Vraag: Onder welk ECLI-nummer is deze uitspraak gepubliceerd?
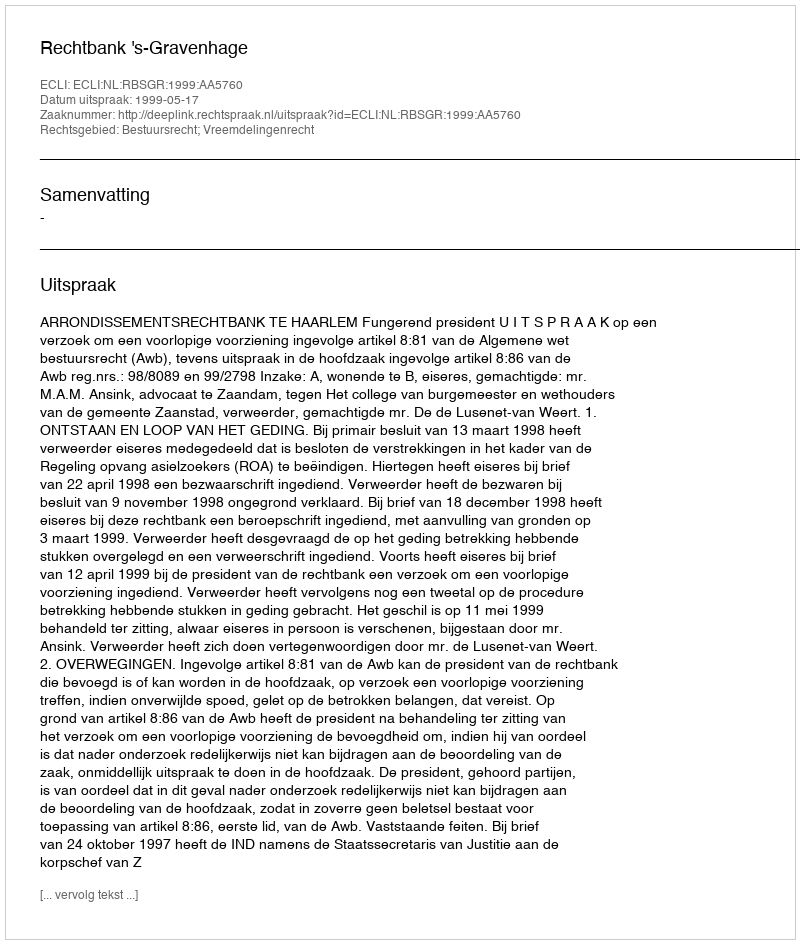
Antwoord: ECLI:NL:RBSGR:1999:AA5760